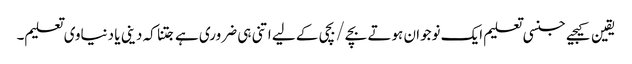
یقین کیجیے جنسی تعلیم ایک نوجوان ہوتے بچے/بچی کے لیے اتنی ہی ضروری ہے جتنا کہ دینی یا دنیاوی تعلیم۔